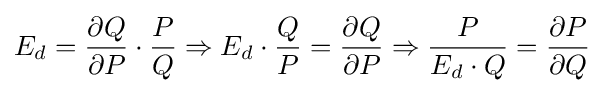
E_{d}={\dfrac {\partial Q}{\partial P}}\cdot {\dfrac {P}{Q}}\Rightarrow E_{d}\cdot {\frac {Q}{P}}={\frac {\partial Q}{\partial P}}\Rightarrow {\frac {P}{E_{d}\cdot Q}}={\frac {\partial P}{\partial Q}}